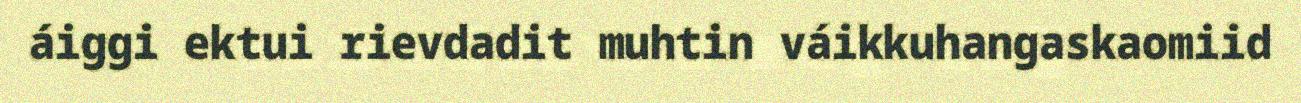
áiggi ektui rievdadit muhtin váikkuhangaskaomiid